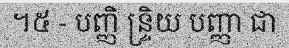
។៥ - បញ្ញិ ន្ទ្រិយ បញ្ញា ជា